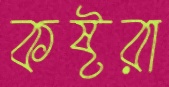
কষ্টরা